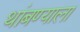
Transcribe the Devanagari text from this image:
थांबण्याला